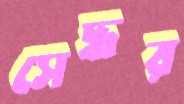
সেদ্ধর